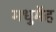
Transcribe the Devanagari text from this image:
मधुमेंह